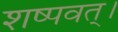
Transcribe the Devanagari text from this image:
शष्पवत्‌।